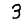
Digit: 3